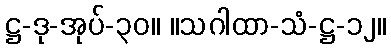
ဋ္ဌ-ဒု-အုပ်-၃၀။ ။သဂါထာ-သံ-ဋ္ဌ-၁၂။